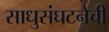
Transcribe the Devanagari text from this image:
साधुसंघटनेची